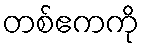
တစ်ဧကကို